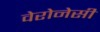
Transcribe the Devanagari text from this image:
वेरोनेसी